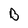
Character: B